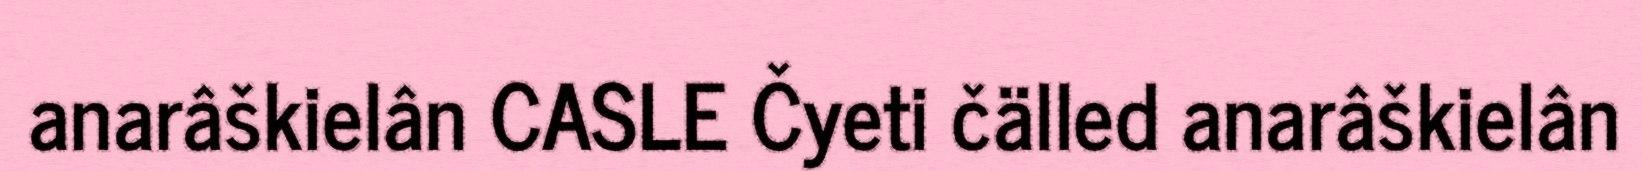
anarâškielân CASLE Čyeti čälled anarâškielân